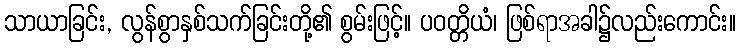
သာယာခြင်း, လွန်စွာနှစ်သက်ခြင်းတို့၏ စွမ်းဖြင့်။ ပဝတ္တိယံ၊ ဖြစ်ရာအခါ၌လည်းကောင်း။